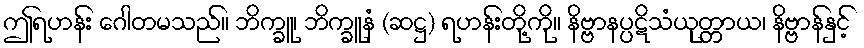
ဤရဟန်း ဂေါတမသည်။ ဘိက္ခူ၊ ဘိက္ခူနံ (ဆဋ္ဌ) ရဟန်းတို့ကို။ နိဗ္ဗာနပ္ပဋိသံယုတ္တာယ၊ နိဗ္ဗာန်နှင့်